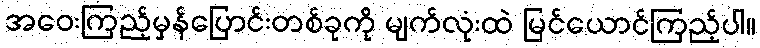
အဝေးကြည့်မှန်ပြောင်းတစ်ခုကို မျက်လုံးထဲ မြင်ယောင်ကြည့်ပါ။